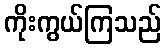
ကိုးကွယ်ကြသည်